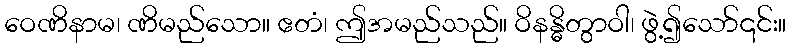
ဝေဏိနာမ၊ ဏိမည်သော။ ဧတံ၊ ဤအမည်သည်။ ဝိနန္ဓိတွာဝါ၊ ဖွဲ့၍သော်၎င်း။